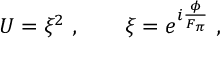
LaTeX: U = \xi ^ { 2 } \ , \qquad \xi = e ^ { i \frac { \phi } { F _ { \pi } } } \ ,